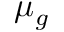
\mu _ { g }